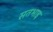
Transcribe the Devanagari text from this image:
सतभाइ